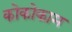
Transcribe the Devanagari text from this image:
कोकोकाम